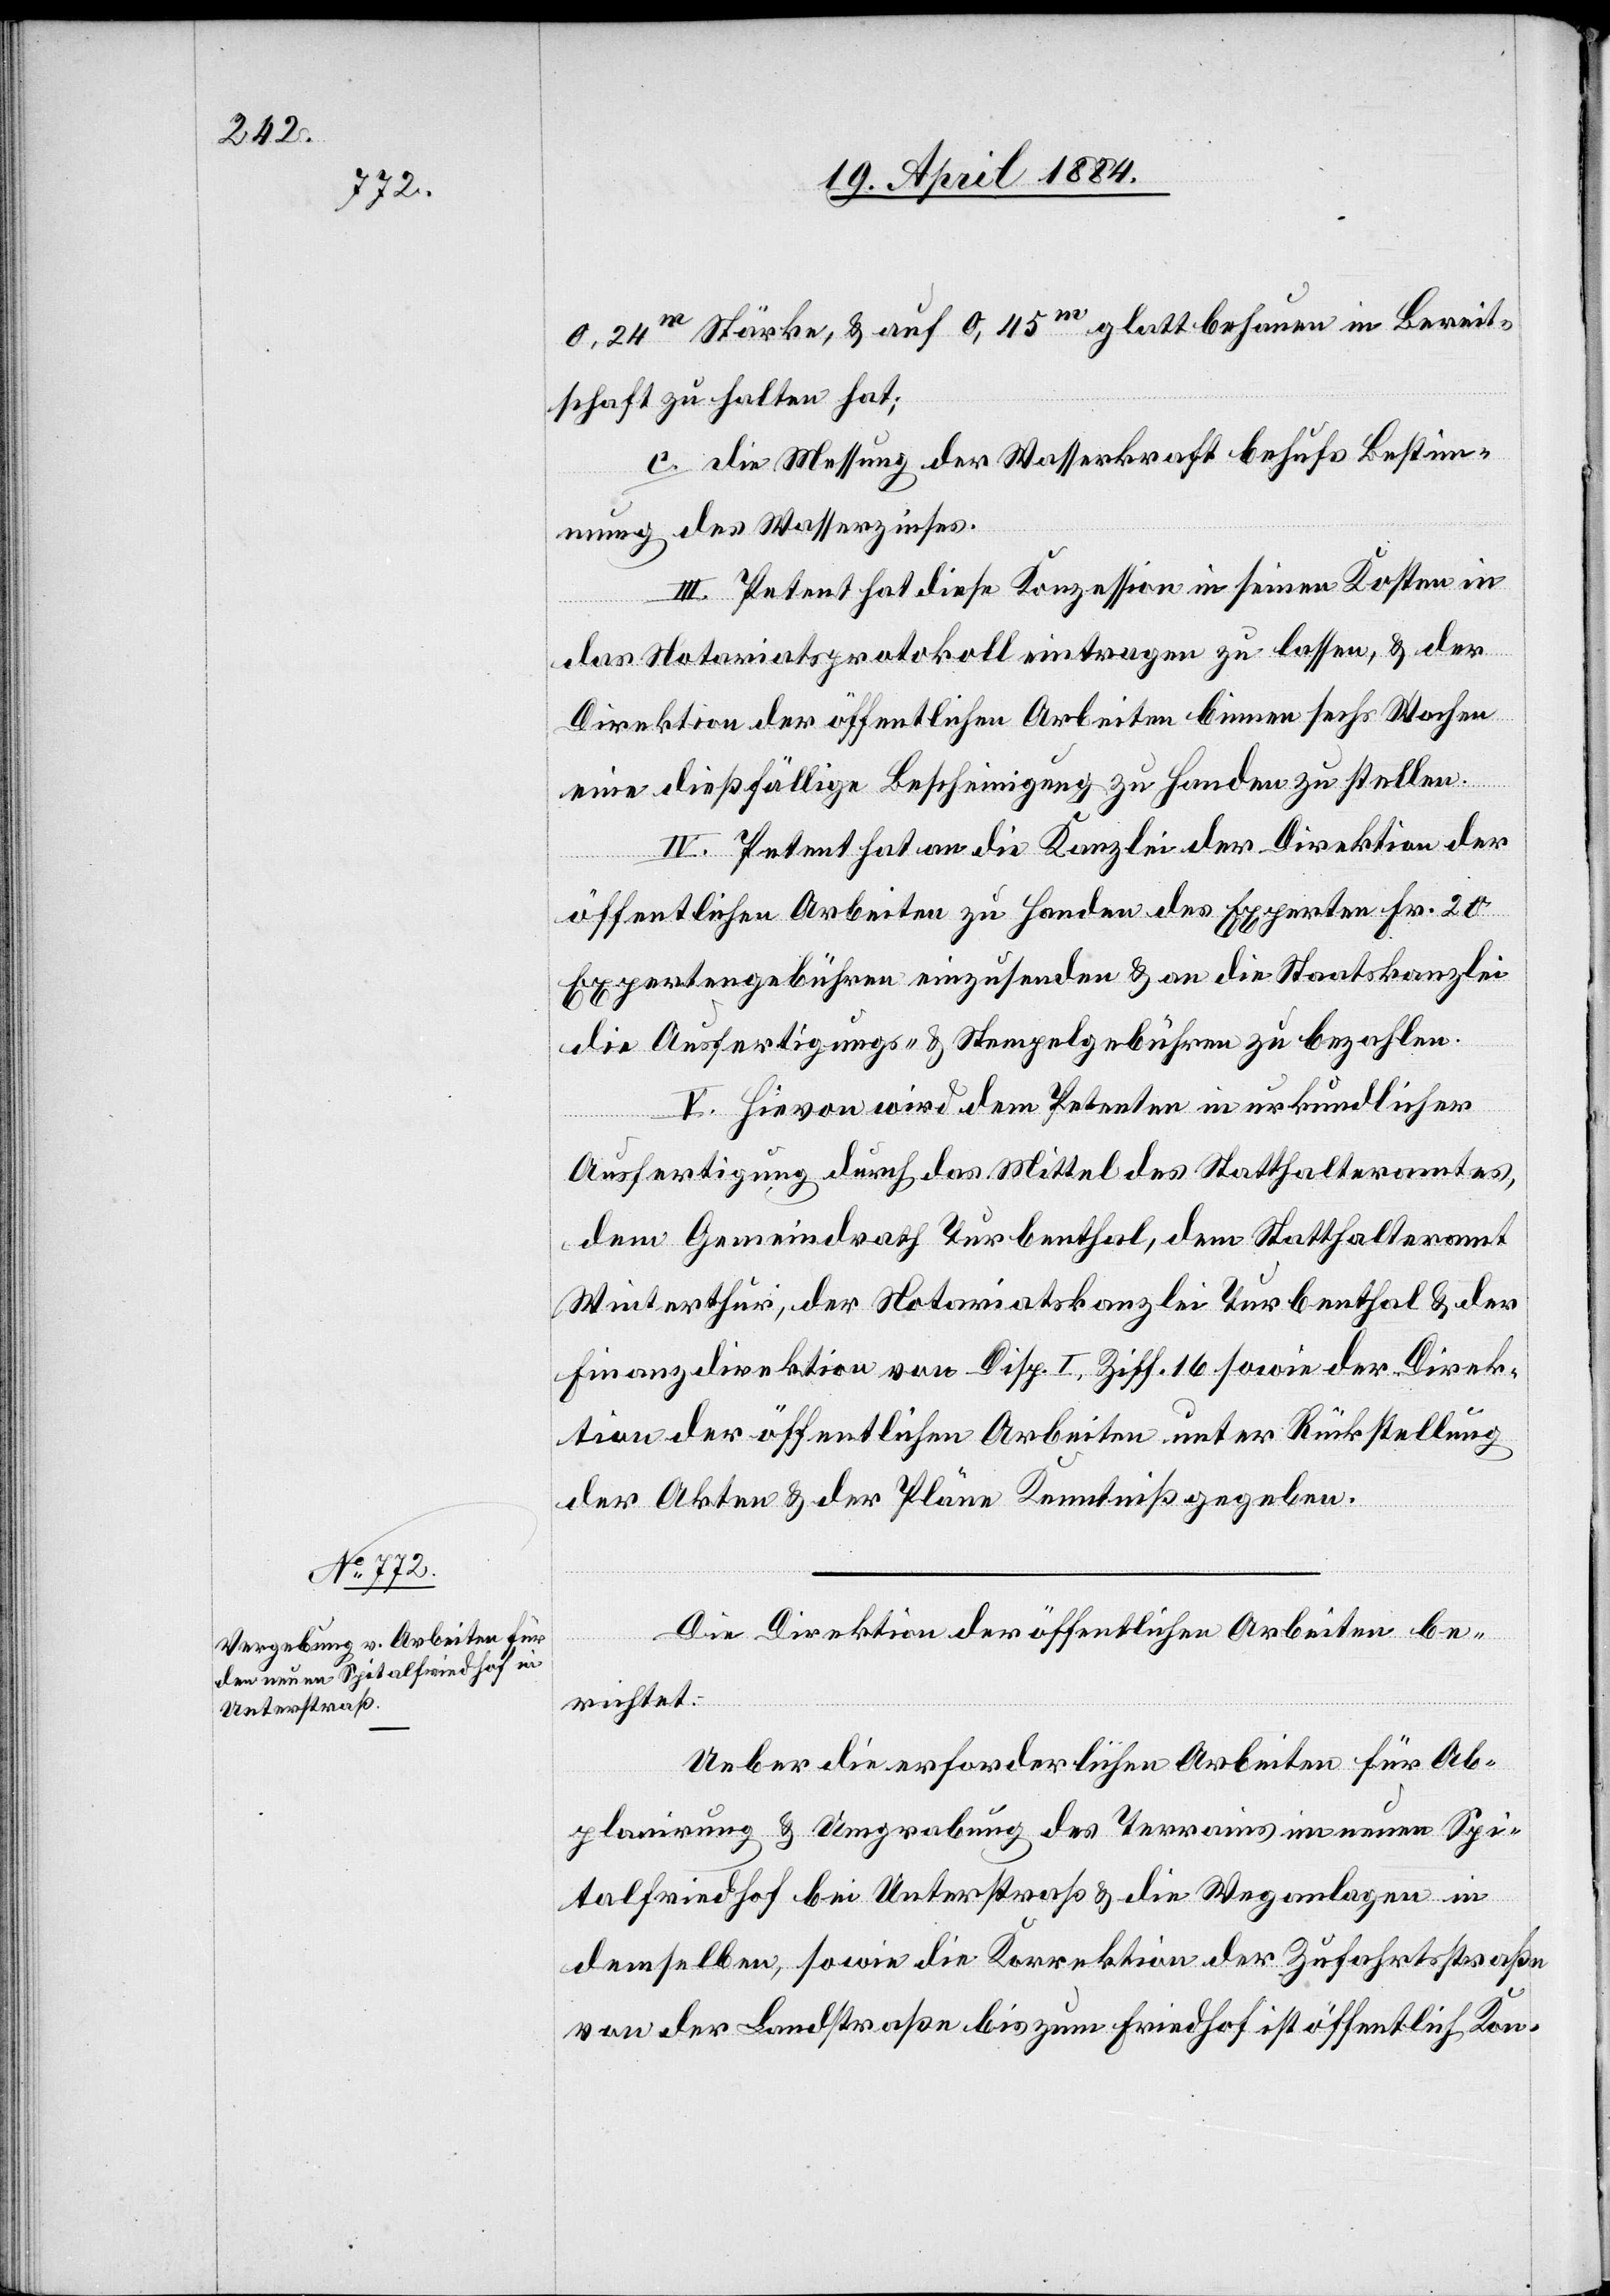
0,24m Stärke, & auf 0,45m glatt behauen in Bereit¬
schaft zu halten hat.
c. die Messung der Wasserkraft behufs Bestim¬
mung des Wasserzinses.
III. Petent hat diese Konzession in seinen Kosten in
das Notariatsprotokoll eintragen zu lassen, & der
Direktion der öffentlichen Arbeiten binnen sechs Wochen
eine dießfällige Bescheinigung zu Handen zu stellen.
IV. Petent hat an die Kanzlei der Direktion der
öffentlichen Arbeiten zu Handen des Experten Fr. 20
Expertengebühren einzusenden & an die Staatskanzlei
die Ausfertigungs- & Stempelgebühren zu bezahlen.
V. Hievon wird dem Petenten in urkundlicher
Ausfertigung durch das Mittel des Stadthalteramtes,
dem Gemeindrath Turbenthal, dem Statthalteramt
Winterthur, der Notariatskanzlei Turbenthal & der
Finanzdirektion von Disp. I. Ziff. 16 sowie der Direk¬
tion der öffentlichen Arbeiten unter Rückstellung
der Akten & der Pläne Kenntniß gegeben.
Die Direktion der öffentlichen Arbeiten be¬
richtet:
Ueber die erforderlichen Arbeiten für Ab¬
planirung & Umgrabung des Terrains im neuen Spi¬
talfriedhof bei Unterstraß & die Weganlagen in
denselben, sowie die Korrektion der Zufahrtsstraße
von der Landstraße bis zum Friedhof ist öffentlich Kon-